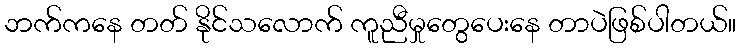
ဘက်ကနေ တတ် နိုင်သလောက် ကူညီမှုတွေပေးနေ တာပဲဖြစ်ပါတယ်။